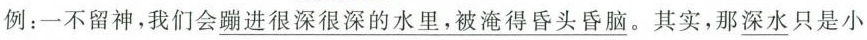
例：一不留神，我们会 \underline{蹦进很深很深的水里，被淹得昏头昏脑}。其实，那\underline{深水}只是小